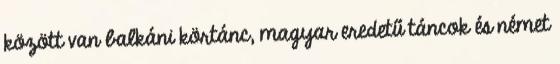
között van balkáni körtánc, magyar eredetű táncok és német